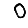
Digit: 0